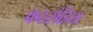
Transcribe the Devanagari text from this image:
कठसंहिता